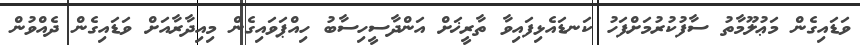
ވަޑައިގެން މަޢުލޫމާތު ސާފުކުރުމަށްފަހު ކަނޑައެޅިފައިވާ ތާރީޚަށް އަންދާސީހިސާބު ހިއްޕަވައިގެން މިއިދާރާއަށް ވަޑައިގެން ދެއްވުން